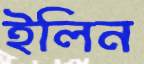
ইলিন